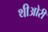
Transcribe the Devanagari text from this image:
थीओरी